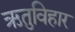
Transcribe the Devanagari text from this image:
ऋतुविहार